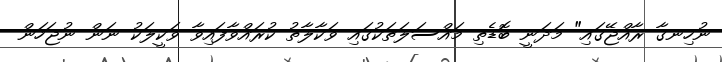
ނުހިނގާ ރާއްޖޭގައި" މަދަނީ ބޮޑެތި މައްސަލަތަކުގައި ވަކާލާތު ކުރައްވާފައިވާ ވަކީލަކު ނަން ނުޖަހަން